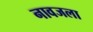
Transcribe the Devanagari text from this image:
नावजला